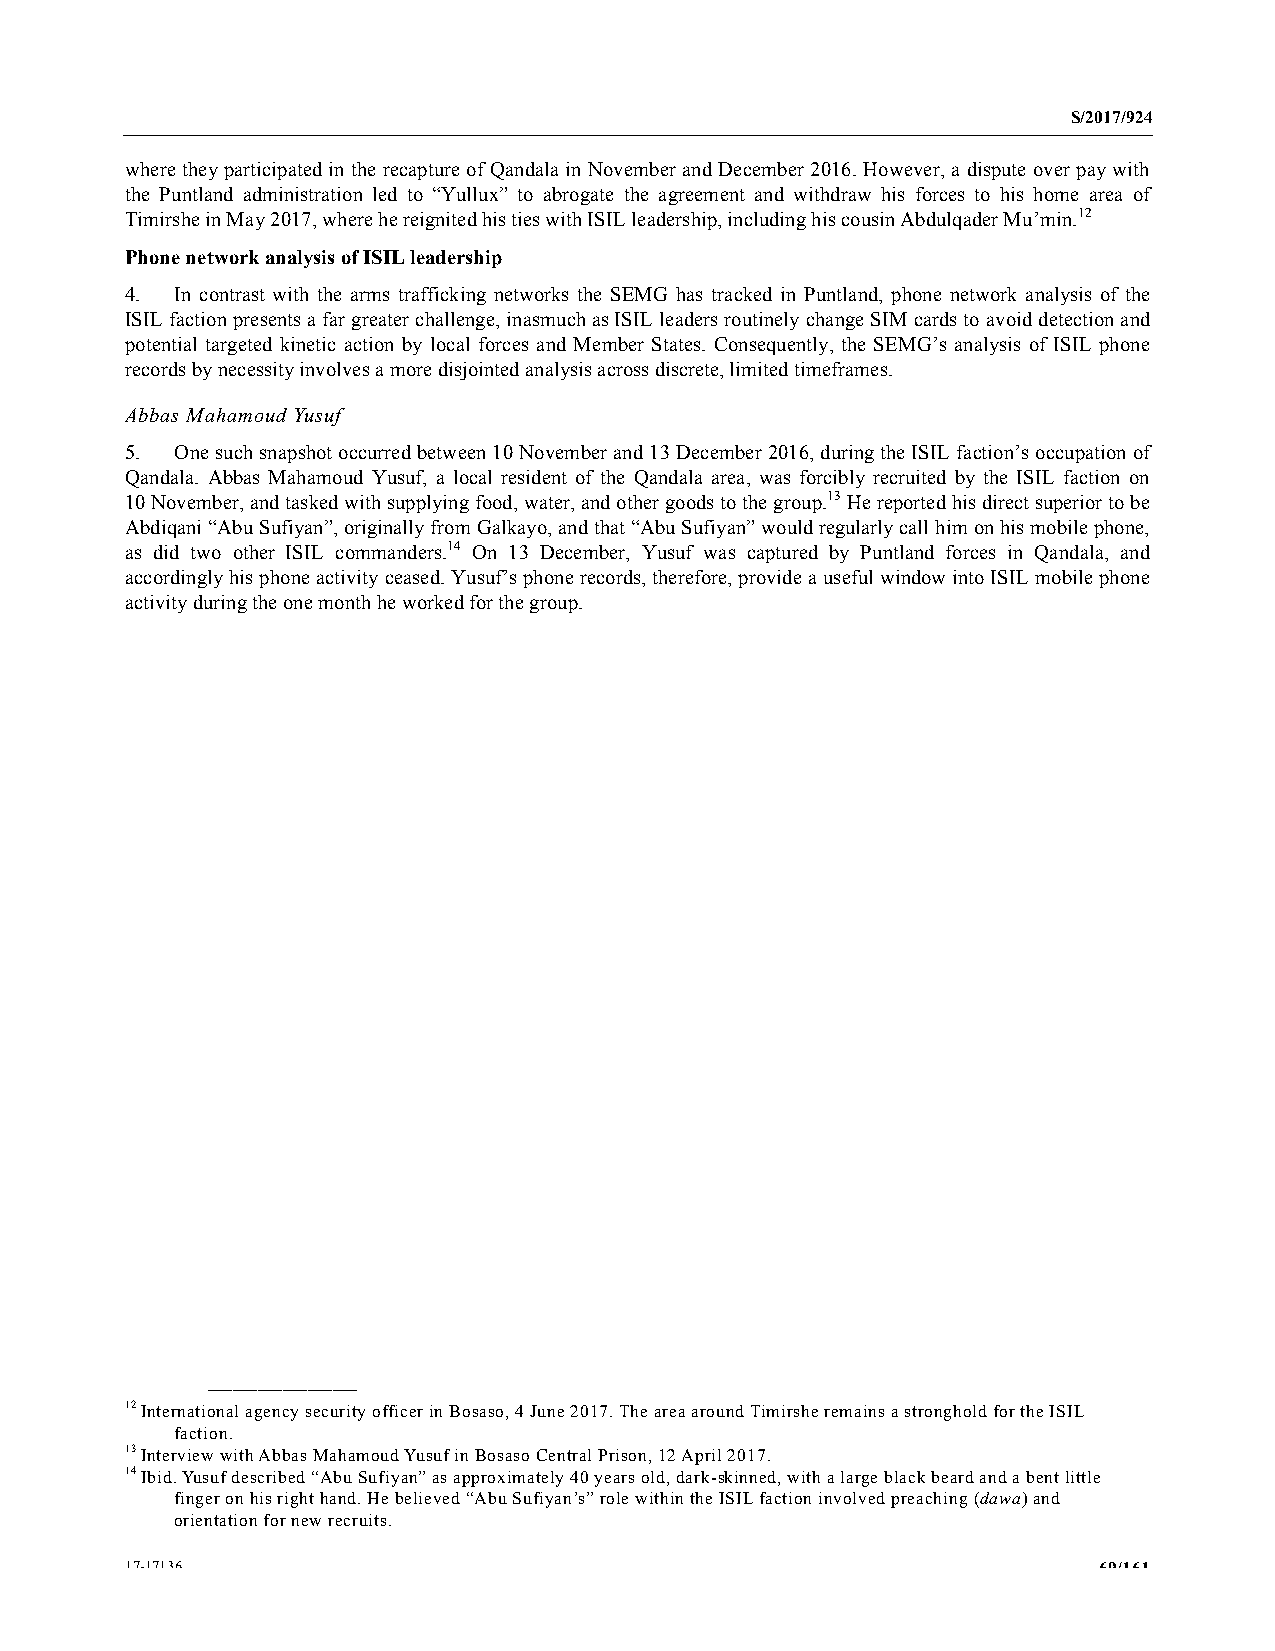
S/2017/924
 where they participated in the recapture of Qandala in November and December 2016. However, a dispute over pay with
 the Puntland administration led to “Yullux” to abrogate the agreement and withdraw his forces to his home area of
 Timirshe in May 2017, where he reignited his ties with ISIL leadership, including his cousin Abdulqader Mu’min.12
 Phone network analysis of ISIL leadership
 4.  In contrast with the arms trafficking networks the SEMG has tracked in Puntland, phone network analysis of the
 ISIL faction presents a far greater challenge, inasmuch as ISIL leaders routinely change SIM cards to avoid detection and
 potential targeted kinetic action by local forces and Member States. Consequently, the SEMG’s analysis of ISIL phone
 records by necessity involves a more disjointed analysis across discrete, limited timeframes.
 Abbas Mahamoud Yusuf
 5.  One such snapshot occurred between 10 November and 13 December 2016, during the ISIL faction’s occupation of
 Qandala. Abbas Mahamoud Yusuf, a local resident of the Qandala area, was forcibly recruited by the ISIL faction on
 10 November, and tasked with supplying food, water, and other goods to the group.13 He reported his direct superior to be
 Abdiqani “Abu Sufiyan”, originally from Galkayo, and that “Abu Sufiyan” would regularly call him on his mobile phone,
 as did two other ISIL commanders.14 On 13 December, Yusuf was captured by Puntland forces in Qandala, and
 accordingly his phone activity ceased. Yusuf’s phone records, therefore, provide a useful window into ISIL mobile phone
 activity during the one month he worked for the group.
 __________________
 12 International agency security officer in Bosaso, 4 June 2017. The area around Timirshe remains a stronghold for the ISIL
 faction.
 13 Interview with Abbas Mahamoud Yusuf in Bosaso Central Prison, 12 April 2017.
 14 Ibid. Yusuf described “Abu Sufiyan” as approximately 40 years old, dark-skinned, with a large black beard and a bent little
 finger on his right hand. He believed “Abu Sufiyan’s” role within the ISIL faction involved preaching (dawa) and
 orientation for new recruits.
 17-17136                                                         69/161